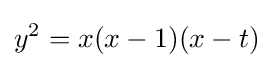
y^{2}=x(x-1)(x-t)